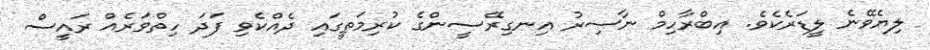
ލިޔެވޭނެ ލީޑަރެކެވެ. އިބްރާހިމް ނާސިރު އިނގިރޭސީންގެ ކުރިމަތީގައި ދެއްކެވި ފަދަ ހިތްވަރެއް ރައީސް